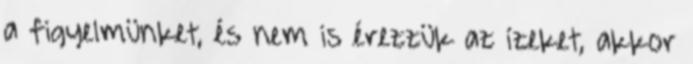
a figyelmünket, és nem is érezzük az ízeket, akkor